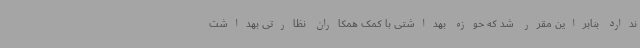
ندارد بنابراین مقرر شد که حوزه بهداشتی با کمک همکاران نظارتی بهداشت